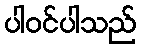
ပါဝင်ပါသည်